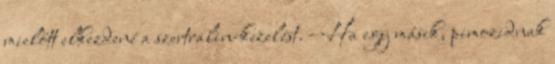
mielőtt elkezdené a szertralin-kezelést. - Ha egy másik, pimozidnak